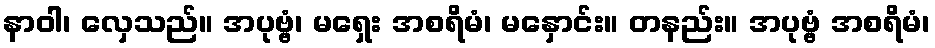
နာဝါ၊ လှေသည်။ အပုဗ္ဗံ၊ မရှေး အစရိမံ၊ မနှောင်း။ တနည်း။ အပုဗ္ဗံ အစရိမံ၊